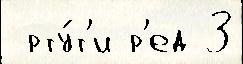
 рту́т'и р'ед 3